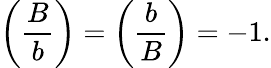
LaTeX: \left({\frac{B}{b}}\right)=\left({\frac{b}{B}}\right)=-1.